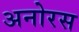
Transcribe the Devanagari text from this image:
अनोरस